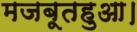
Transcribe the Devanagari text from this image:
मजबूतहुआ।